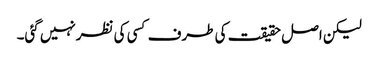
لیکن اصل حقیقت کی طرف کسی کی نظرنہیں گئی۔